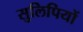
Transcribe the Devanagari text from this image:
सुलिपियों